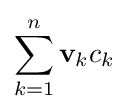
\sum \limits _{k=1}^{n}\mathbf {v} _{k}c_{k}